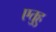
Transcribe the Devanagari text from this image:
एतुहु